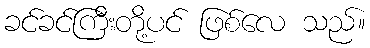
ခင်ခင်ကြီးတို့ပင် ဖြစ်လေ သည်။